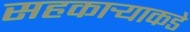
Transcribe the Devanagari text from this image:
सहकार्‍याकडे